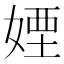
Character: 𡞻